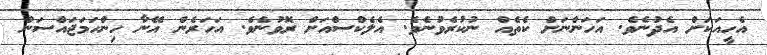
އެހީއަކަށް އެދުނެވެ. އަހަންނަށް ކެތެއް ނުކުރެވުނެވެ. އެލެކްސްއަށް ރޮވުނެވެ. އަހަރެން އޭނާ ހިންހަމަޖައްސަން